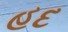
હદ